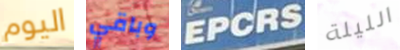
اليوم وباقي EPCRS الليلة